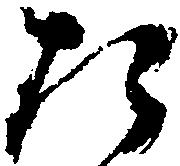
た